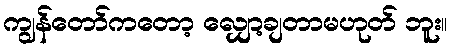
ကျွန်တော်ကတော့ လျှော့ချတာမဟုတ် ဘူး။